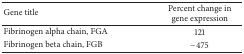
<table><thead><tr><td><b>Gene title</b></td><td><b>Percent change in gene expression</b></td></tr></thead><tbody><tr><td>Fibrinogen alpha chain, FGA</td><td>121</td></tr><tr><td>Fibrinogen beta chain, FGB</td><td>−475</td></tr></tbody></table>